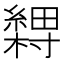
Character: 𬗽